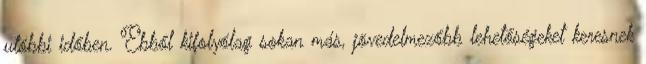
utóbbi időben. Ebből kifolyólag sokan más, jövedelmezőbb lehetőségeket keresnek